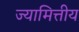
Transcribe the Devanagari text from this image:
ज्यामित्तीय